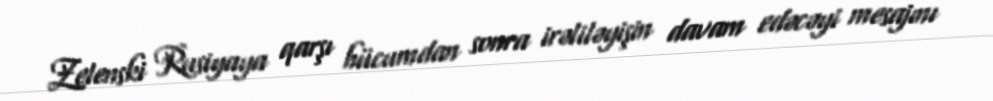
Zelenski Rusiyaya qarşı hücumdan sonra irəliləyişin davam edəcəyi mesajını